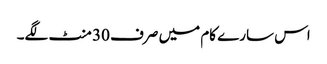
اس سارے کام میں صرف 30 منٹ لگے۔